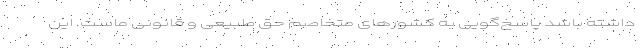
داشته باشد پاسخ‌گویی به کشورهای متخاصم حق طبیعی و قانونی ماست. این